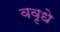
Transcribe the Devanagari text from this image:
ववृधे